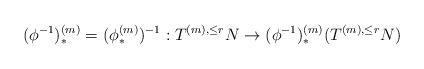
LaTeX: \begin{align*} (\phi^{-1})_*^{(m)}=(\phi_*^{(m)})^{-1}:T^{(m),\le r}N\to(\phi^{-1})_*^{(m)}(T^{(m),\le r}N) \end{align*}